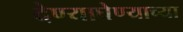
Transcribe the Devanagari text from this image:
देण्याघेण्याच्या